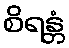
စိရန္တံ